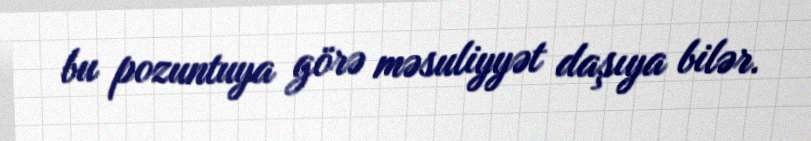
bu pozuntuya görə məsuliyyət daşıya bilər.